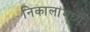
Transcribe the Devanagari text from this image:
निकालांमध्ये